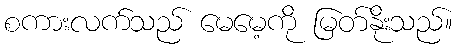
စကားလက်သည် မေမေ့ကို မြတ်နိုးသည်။